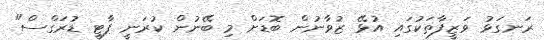
ރަނގަޅު ވަޒީފާތަކުގައި އުޅޭ ޒުވާނުން ބޮޑަށް މި ބޭނުން ކުރަނީ ޕާޓީ ޑުރަގްސް"